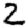
Digit: 2